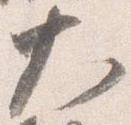
大